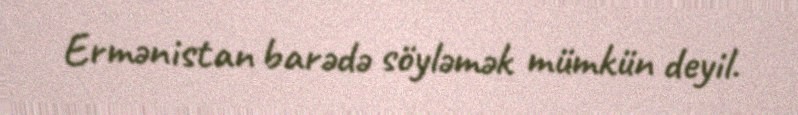
Ermənistan barədə söyləmək mümkün deyil.